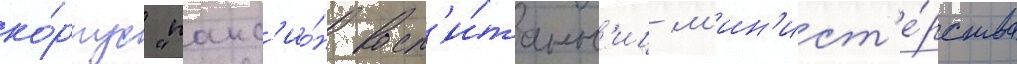
ко́рпус "панс'ио́н восп'и́танн'иц м'ин'ист'е́рства